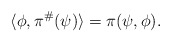
\begin{align*}\langle \phi, \pi^\#(\psi)\rangle = \pi(\psi, \phi). \end{align*}